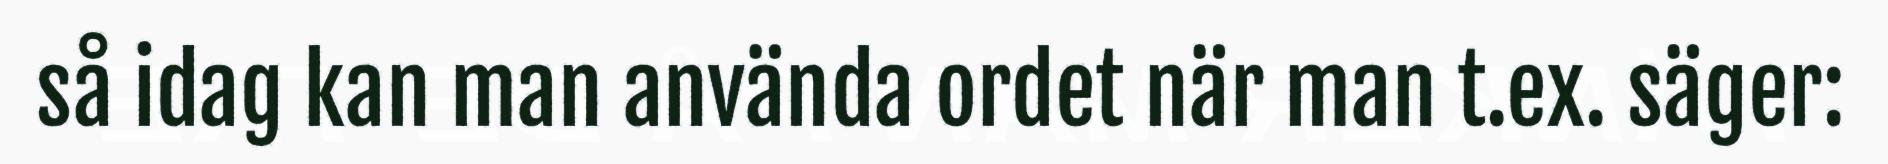
så idag kan man använda ordet när man t.ex. säger: